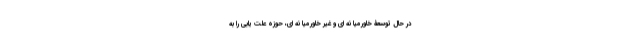
در حال توسعۀ خاورمیا نه ای و غیر خاورمیا نه ای، حوزه علت یابی را به